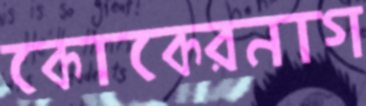
কোকেরনাগ